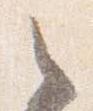
之